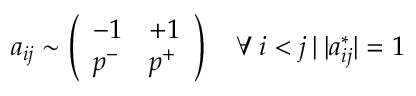
a _ { i j } \sim \left( \begin{array} { l l } { - 1 } & { + 1 } \\ { p ^ { - } } & { p ^ { + } } \end{array} \right) \quad \forall \: i < j \: | \: | a _ { i j } ^ { * } | = 1